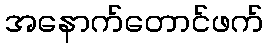
အနောက်တောင်ဖက်